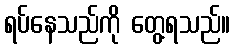
ရပ်နေသည်ကို တွေ့ရသည်။